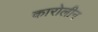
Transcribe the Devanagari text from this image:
कारोलीन